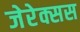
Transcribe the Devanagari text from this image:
जेरेक्सस